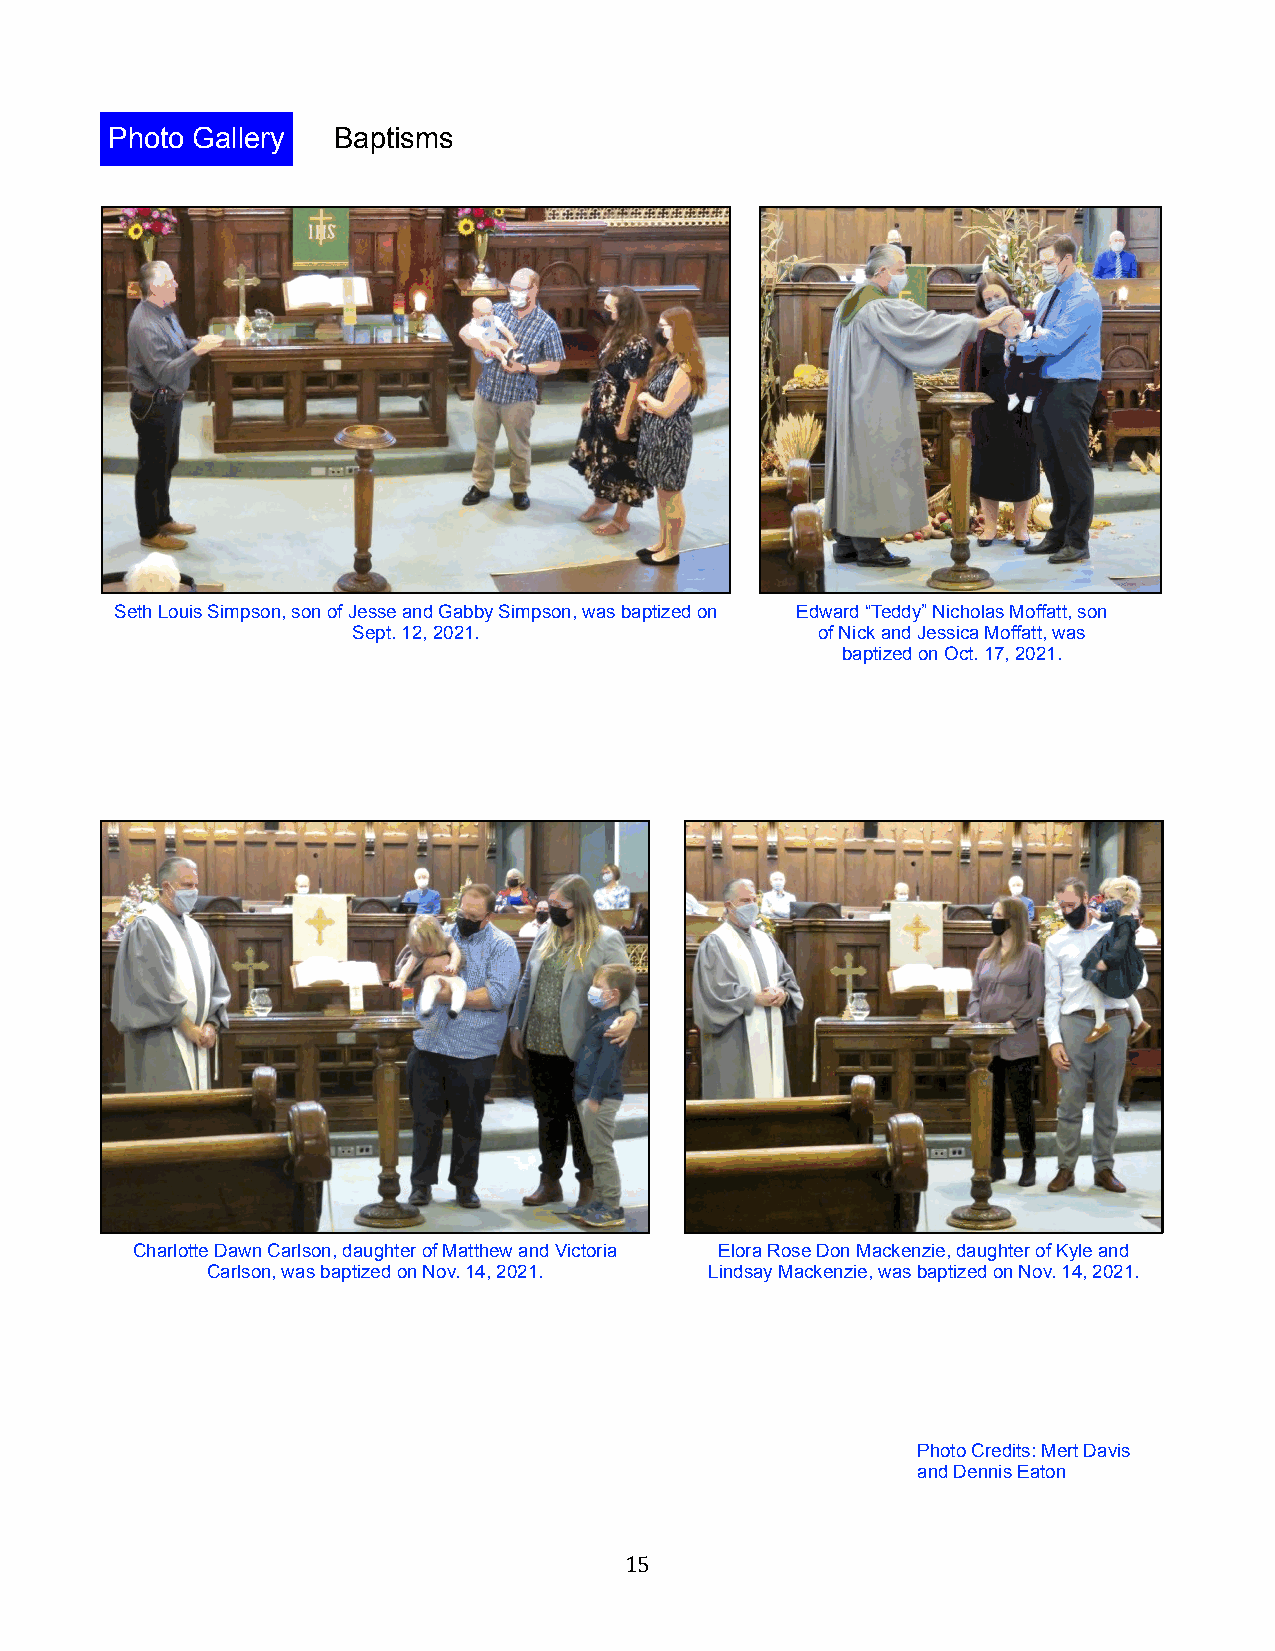
Photo Gallery  Baptisms
 Seth Louis Simpson, son of Jesse and Gabby Simpson, was baptized on Edward “Teddy” Nicholas Moffatt, son
 Sept. 12, 2021.                of Nick and Jessica Moffatt, was
 baptized on Oct. 17, 2021.
 Charlotte Dawn Carlson, daughter of Matthew and Victoria Elora Rose Don Mackenzie, daughter of Kyle and
 Carlson, was baptized on Nov. 14, 2021. Lindsay Mackenzie, was baptized on Nov. 14, 2021.
 Photo Credits: Mert Davis
 and Dennis Eaton
 15